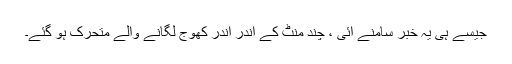
جیسے ہی یہ خبر سامنے آئی ، چند منٹ کے اندر اندر کھوج لگانے والے متحرک ہو گئے۔